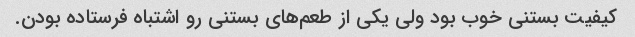
کیفیت بستنی خوب بود ولی یکی از طعم‌های بستنی رو اشتباه فرستاده بودن.